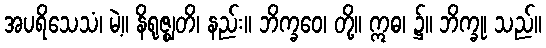
အပရိသေသံ၊ မဲ့။ နိရုဇ္ဈတိ၊ နည်း။ ဘိက္ခဝေ၊ တို့။ ဣဓ၊ ၌။ ဘိက္ခု၊ သည်။